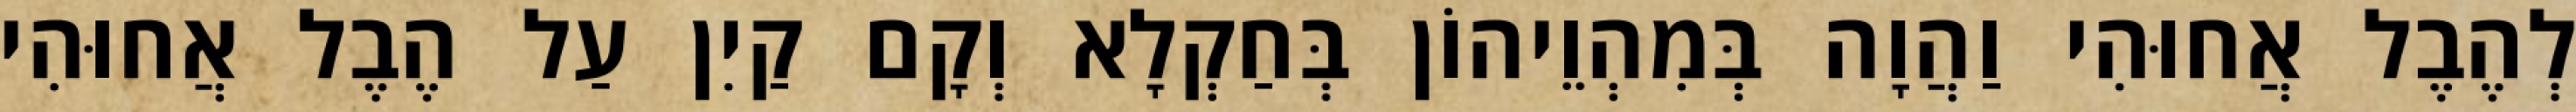
לְהֶבֶל אֲחוּהִי וַהֲוָה בְּמִהְוֵיהוֹן בְּחַקְלָא וְקָם קַיִן עַל הֶבֶל אֲחוּהִי